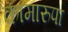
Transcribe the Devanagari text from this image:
कामारुपा